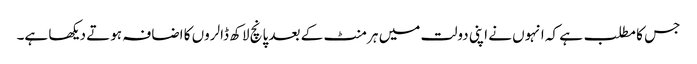
جس کا مطلب ہے کہ انہوں نے اپنی دولت میں ہر منٹ کے بعد پانچ لاکھ ڈالروں کا اضافہ ہوتے دیکھا ہے۔